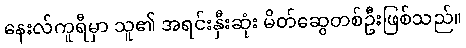
နေးလ်ကူရီမှာ သူ၏ အရင်းနှီးဆုံး မိတ်ဆွေတစ်ဦးဖြစ်သည်။